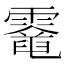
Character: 𩆈